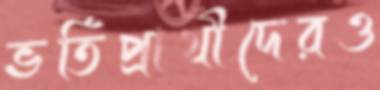
ভর্তিপ্রার্থীদেরও